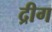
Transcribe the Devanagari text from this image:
द्रीग